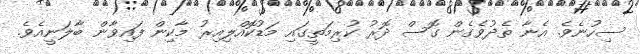
ސިހުނެވެ. އެނާ ތެދުވެގެން ގޮސް ދޮރު ކުރިމަތީގައި މަޑުކޮއްލިއިރު މާކިން ފައިވާން ބާލަނީއެވެ.